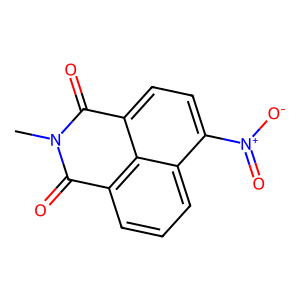
SMILES: CN1C(=O)c2cccc3c([N+](=O)[O-])ccc(c23)C1=O
Inhibits HIV replication: No